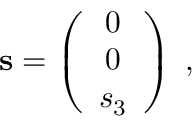
{ \bf s } = \left( \begin{array} { c } { { 0 } } \\ { { 0 } } \\ { { s _ { 3 } } } \end{array} \right) \; ,